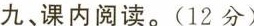
九、课内阅读。(12分)